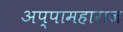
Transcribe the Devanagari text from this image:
अप्पामहाराज